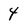
Character: 4